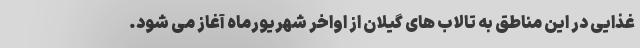
غذایی در این مناطق به تالاب های گیلان از اواخر شهریورماه آغاز می شود.